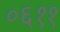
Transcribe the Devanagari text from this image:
०६११